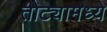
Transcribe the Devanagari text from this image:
तोट्यामध्ये